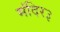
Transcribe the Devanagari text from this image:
मंदिर३